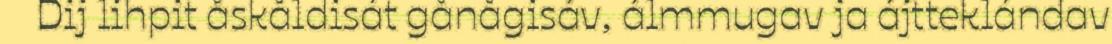
Dij lihpit åskåldisát gånågisáv, álmmugav ja ájtteklándav